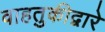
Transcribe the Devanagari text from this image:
वाहतुकीद्वारे